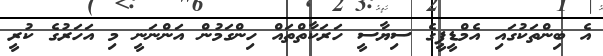
އެ ބިންތަކުގައި އެމްޑީޕީގެ ސިޔާސީ ހަރަކާތްތައް ހިންގަމުން އަންނަނީ މި އަހަރުގެ ކުރީ